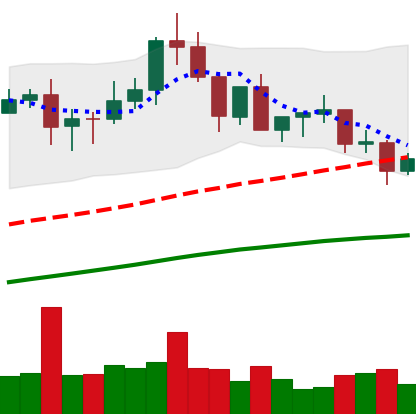
Ticker: XLM-USD
Chart end date: 2020-08-28
Forward return: -3.307%
Label: down_3_5